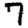
Digit: 7